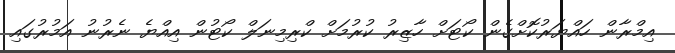
އިމްރާން ހައްޔަރުކޮށްގެން ކޯޓަށް ހާޒިރު ކުރުމަށް ކްރިމިނަލް ކޯޓުން އިއްޔެ ނެރުނު އަމުރުގައި